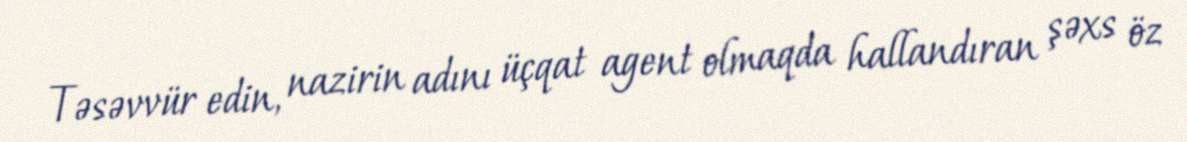
Təsəvvür edin, nazirin adını üçqat agent olmaqda hallandıran şəxs öz